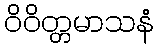
ဝိဝိတ္တမာသနံ